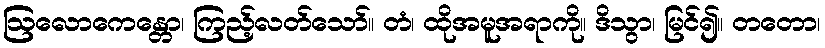
ဩလောကေန္တော၊ ကြည့်လတ်သော်။ တံ၊ ထိုအမူအရာကို။ ဒိသွာ၊ မြင်၍။ တတော၊